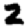
Digit: 2